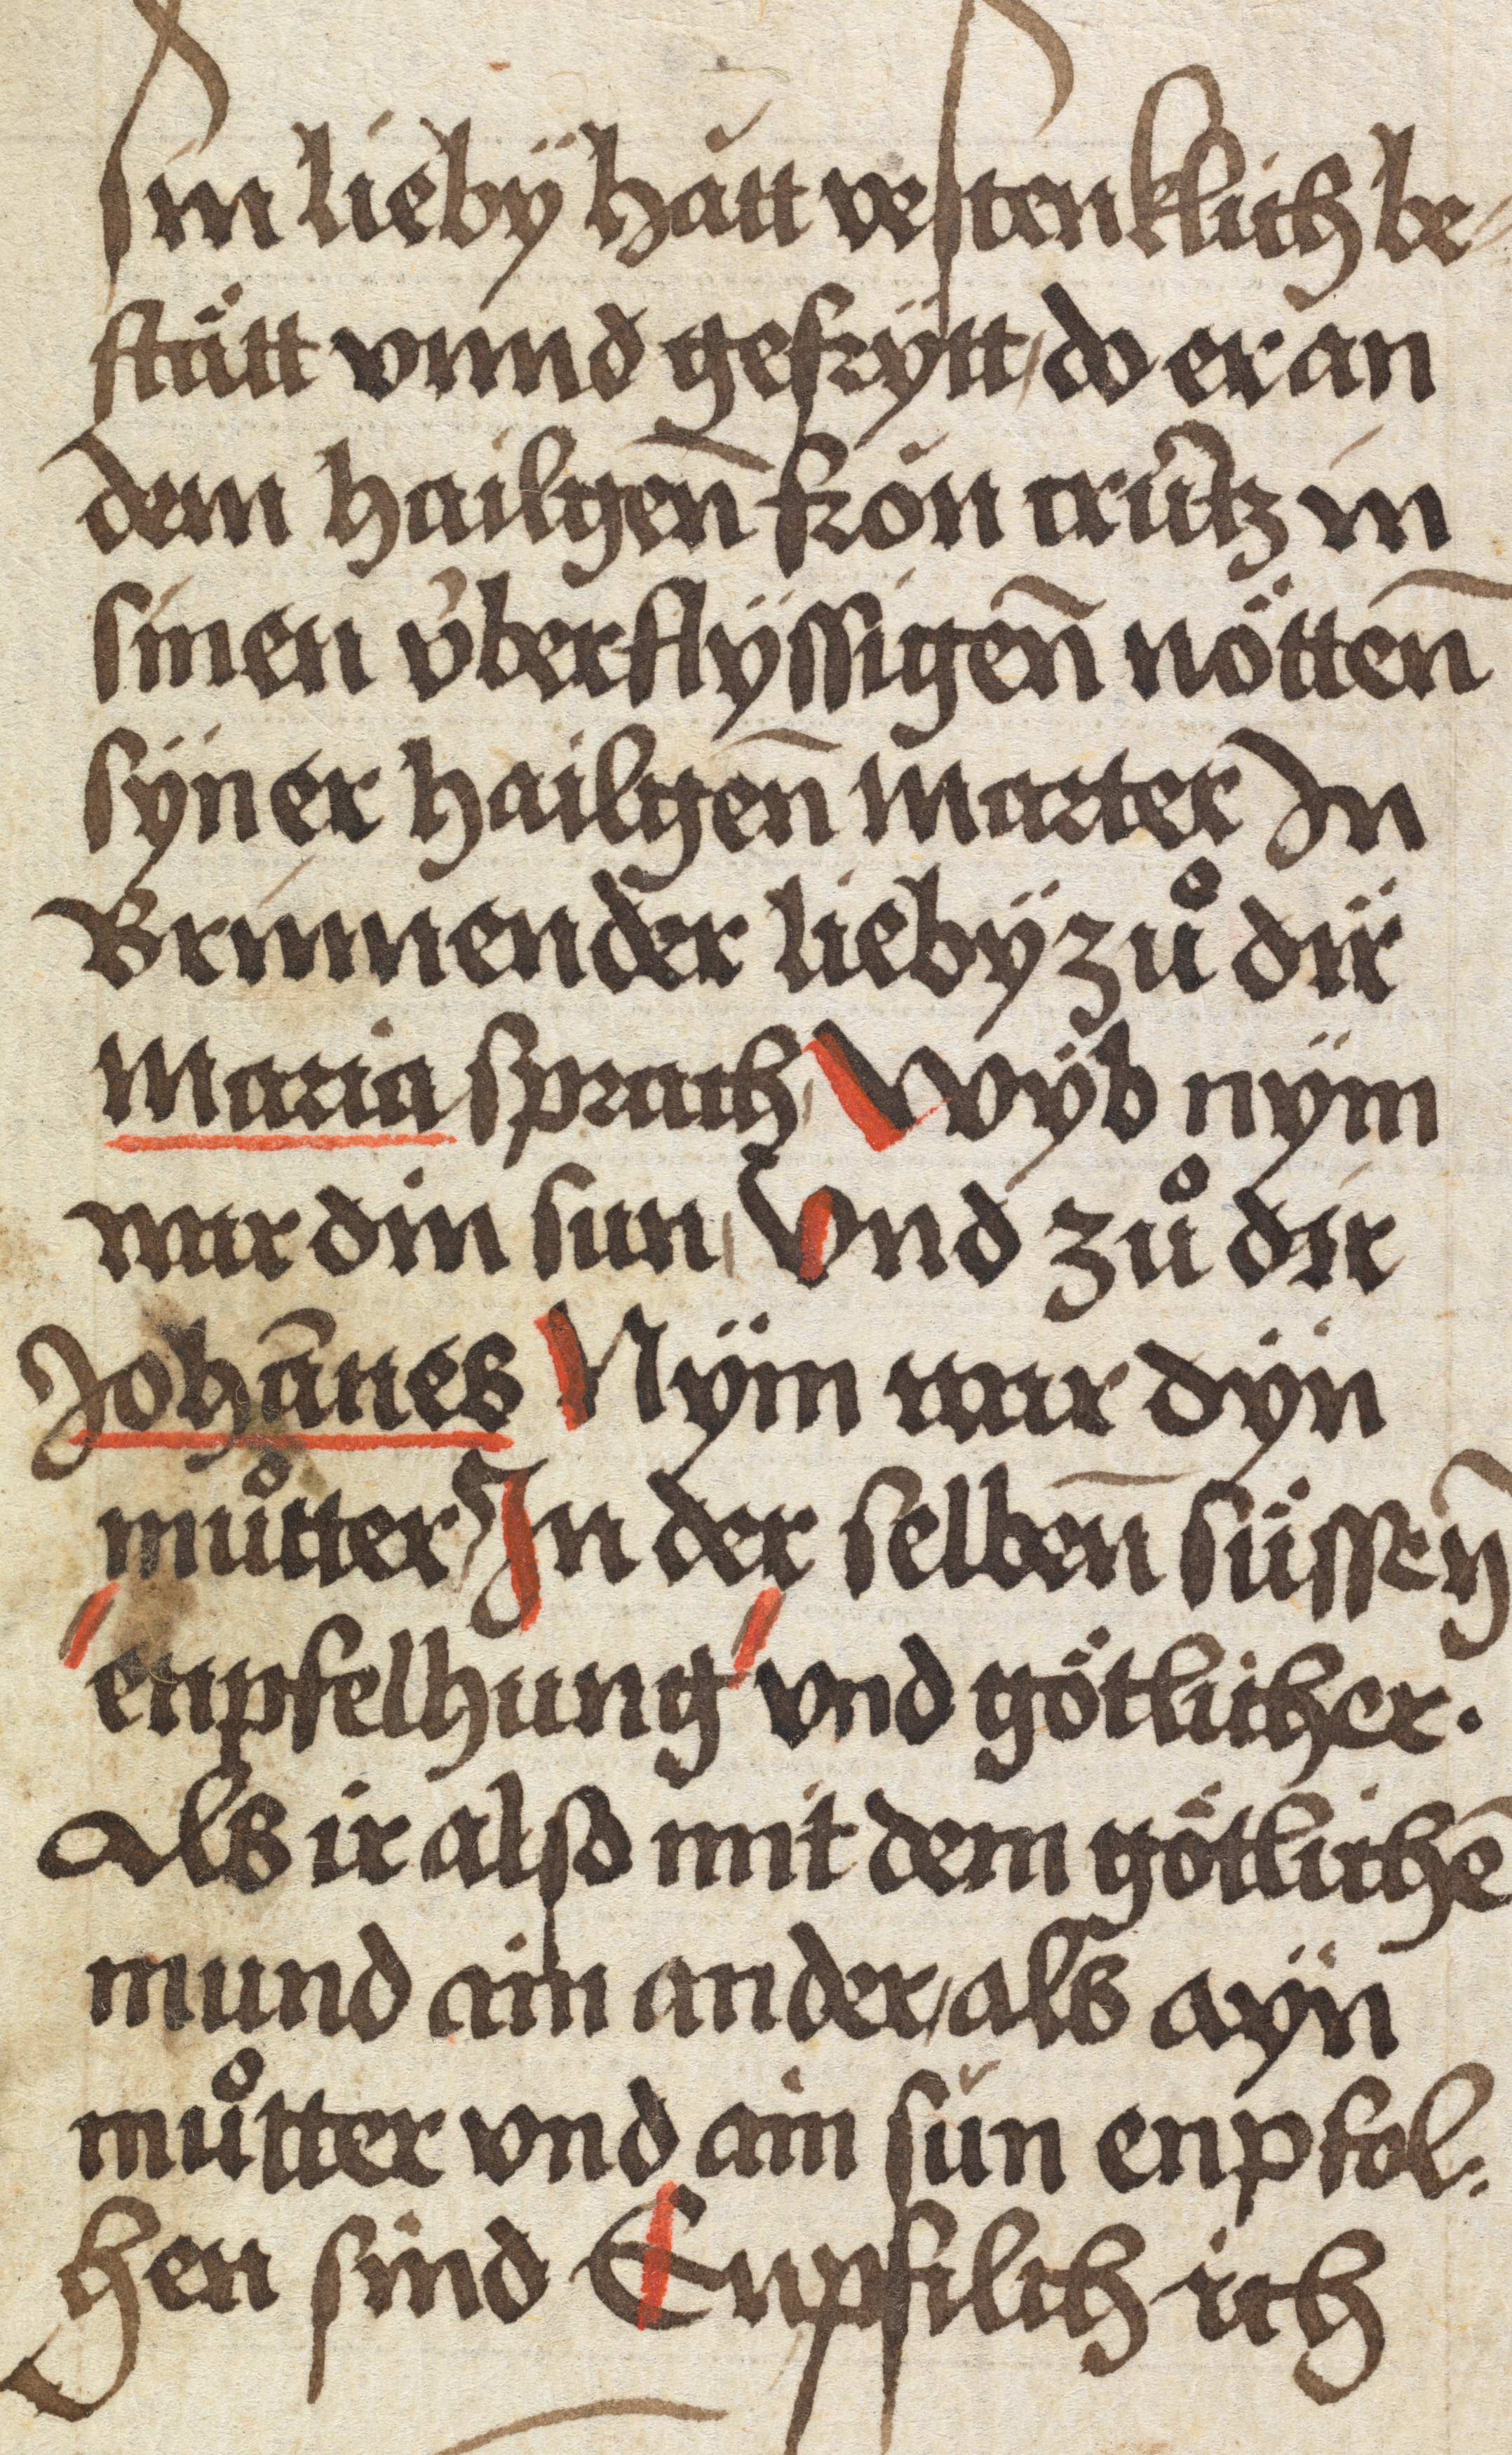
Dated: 1484–1485